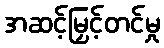
အဆင့်မြှင့်တင်မှု